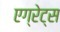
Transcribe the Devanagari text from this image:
एग्रेट्स